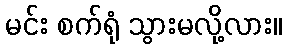
မင်း စက်ရုံ သွားမလို့လား။